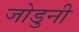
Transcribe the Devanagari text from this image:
जोडुनी